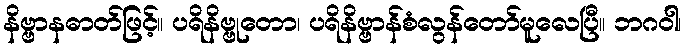
နိဗ္ဗာနဓာတ်ဖြင့်။ ပရိနိဗ္ဗုတော၊ ပရိနိဗ္ဗာန်စံလွန်တော်မူလေပြီ။ ဘဂဝါ၊